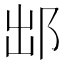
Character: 䢺